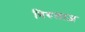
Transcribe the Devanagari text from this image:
निरुलाज़